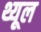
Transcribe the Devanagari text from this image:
थ्यूल